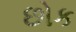
છોક